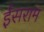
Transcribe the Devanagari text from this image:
ईसराम